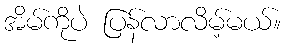
အိမ်ကိုပဲ ပြန်လာလိမ့်မယ်။